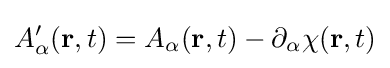
A'_{\alpha }(\mathbf {r} ,t)=A_{\alpha }(\mathbf {r} ,t)-\partial _{\alpha }\chi (\mathbf {r} ,t)